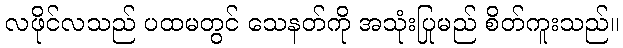
လဖိုင်လသည် ပထမတွင် သေနတ်ကို အသုံးပြုမည် စိတ်ကူးသည်။